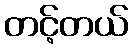
တင့်တယ်